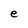
Character: e